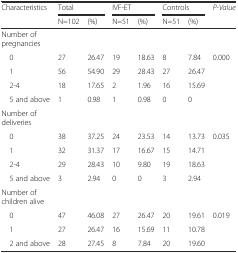
<table><thead><tr><td rowspan="2"><b>Characteristics</b></td><td colspan="2"><b>Total</b></td><td colspan="2"><b>IVF-ET</b></td><td colspan="2"><b>Controls</b></td><td rowspan="2"><b><i>P-Value</i></b></td></tr><tr><td><b>N=102</b></td><td><b>(%)</b></td><td><b>N=51</b></td><td><b>(%)</b></td><td><b>N=51</b></td><td><b>(%)</b></td></tr></thead><tbody><tr><td>Number of pregnancies</td><td></td><td></td><td></td><td></td><td></td><td></td><td></td></tr><tr><td> 0</td><td>27</td><td>26.47</td><td>19</td><td>18.63</td><td>8</td><td>7.84</td><td rowspan="4">0.000</td></tr><tr><td> 1</td><td>56</td><td>54.90</td><td>29</td><td>28.43</td><td>27</td><td>26.47</td></tr><tr><td> 2-4</td><td>18</td><td>17.65</td><td>2</td><td>1.96</td><td>16</td><td>15.69</td></tr><tr><td> 5 and above</td><td>1</td><td>0.98</td><td>1</td><td>0.98</td><td>0</td><td>0</td></tr><tr><td>Number of deliveries</td><td></td><td></td><td></td><td></td><td></td><td></td><td></td></tr><tr><td> 0</td><td>38</td><td>37.25</td><td>24</td><td>23.53</td><td>14</td><td>13.73</td><td rowspan="4">0.035</td></tr><tr><td> 1</td><td>32</td><td>31.37</td><td>17</td><td>16.67</td><td>15</td><td>14.71</td></tr><tr><td> 2-4</td><td>29</td><td>28.43</td><td>10</td><td>9.80</td><td>19</td><td>18.63</td></tr><tr><td> 5 and above</td><td>3</td><td>2.94</td><td>0</td><td>0</td><td>3</td><td>2.94</td></tr><tr><td>Number of children alive</td><td></td><td></td><td></td><td></td><td></td><td></td><td></td></tr><tr><td> 0</td><td>47</td><td>46.08</td><td>27</td><td>26.47</td><td>20</td><td>19.61</td><td rowspan="3">0.019</td></tr><tr><td> 1</td><td>27</td><td>26.47</td><td>16</td><td>15.69</td><td>11</td><td>10.78</td></tr><tr><td> 2 and above</td><td>28</td><td>27.45</td><td>8</td><td>7.84</td><td>20</td><td>19.60</td></tr></tbody></table>